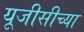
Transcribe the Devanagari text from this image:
यूजीसीच्या